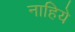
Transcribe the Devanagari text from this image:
नाहिये